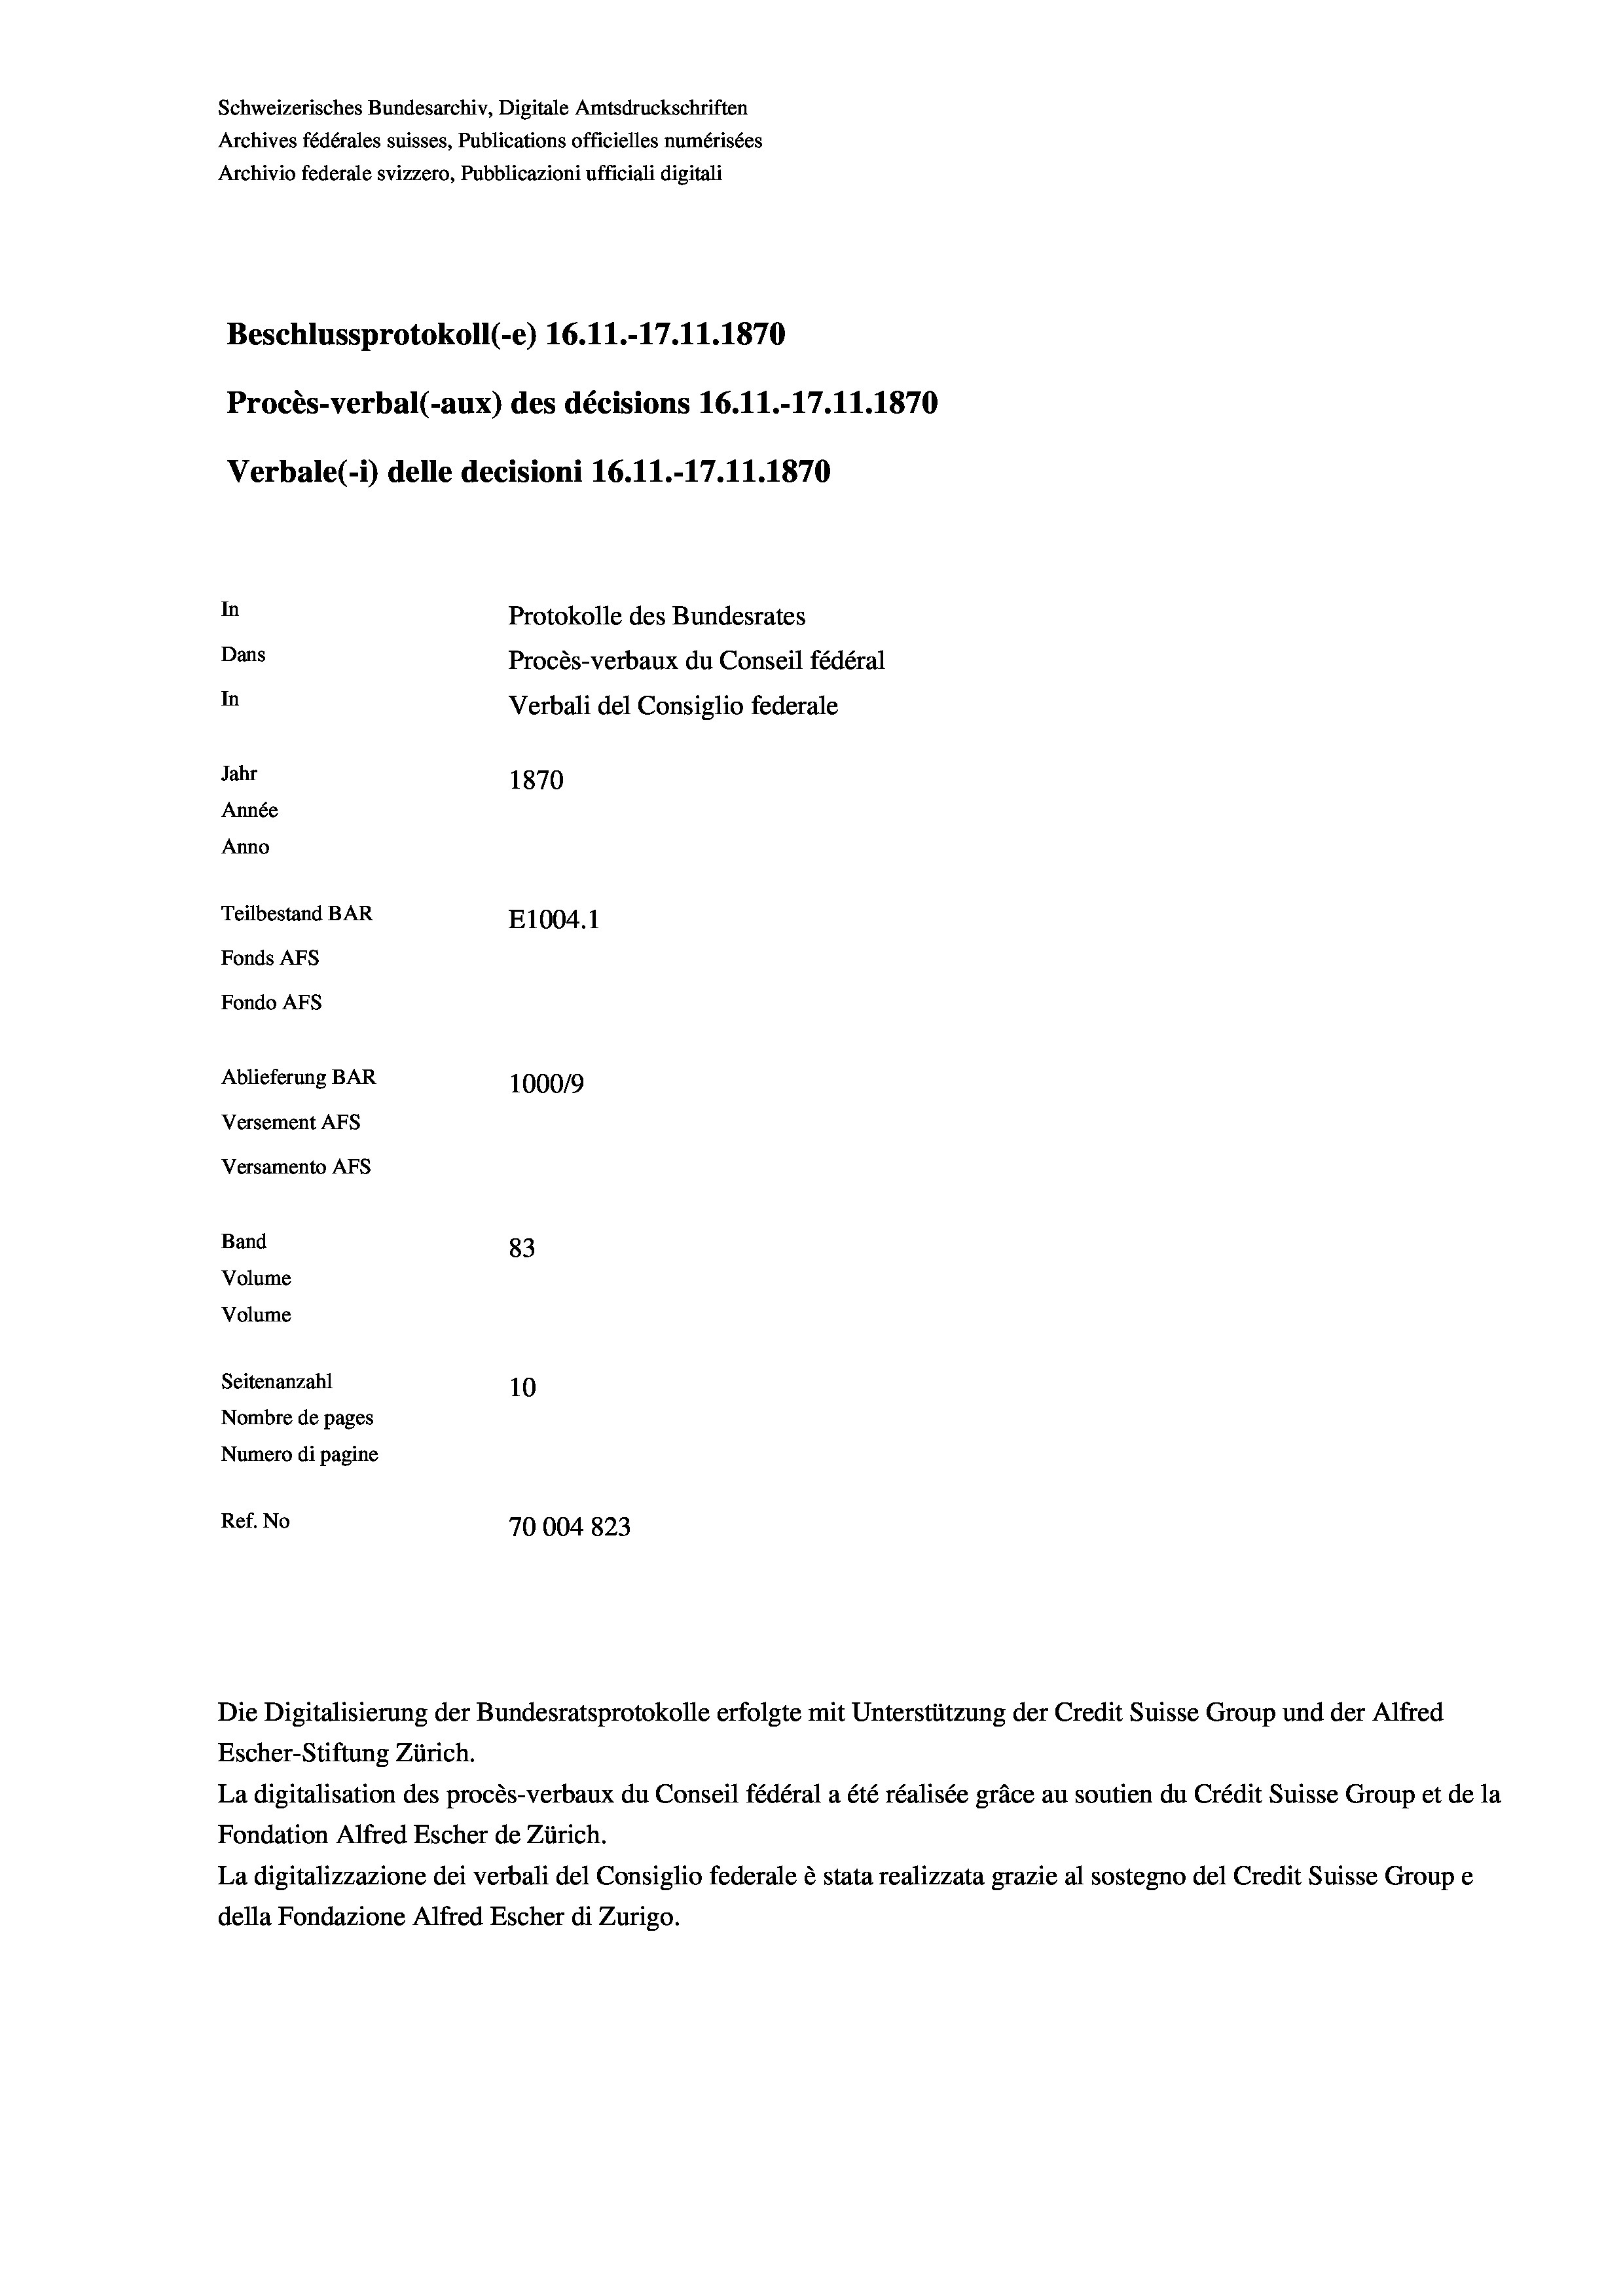
Schweizerisches Bundesarchiv, Digitale Amtsdruckschriften
Archives fédérales suisses, Publications officielles numérisées
Archivio federale svizzero, Pubblicazioni ufficiali digitali
Beschlussprotokoll (-e) 16.11.-17.11.1870
Procès-verbal (-aux) des décisions 16.11.-17.11.1870
Verbale (- 1) delle decisioni 16.11.-17.11.1870
In
Protokolle des Bundesrates
Dans
Procès-verbaux du Conseil fédéral
In
Verbali del Consiglio federale
Jahr
1870
Année
Anno
Teilbestand BAR
E1004. 1
Fonds AFs
Fondo AFs
Ablieferung BAR
100019
Versement AFs
Versamento AFs
Band
83
Volume
Volume
Seitenanzahl
10
Nombre de pages
Numero di pagine
Ref. No
70004823

Escher-Stiftung Zürich.
La digitalisation des procès-verbaux du Conseil fédéral a été réalisée gräce au soutien du Crédit Suisse Group et de la
Fondation Alfred Escher de Zürich.
La digitalizzazione dei verbali del Consiglio federale è stata realizzata grazie al sostegno del Credit Suisse Groupe
della Fondazione Alfred Escher di Zurigo.

Die Digitalisierung der Bundesratsprotokolle erfolgte mit Unterstützung der Credit Suisse Group und der Alfred